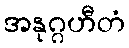
အနုဂ္ဂဟီတံ